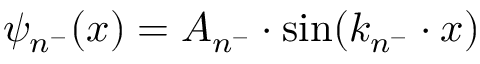
\psi _ { n ^ { - } } ( x ) = A _ { n ^ { - } } \cdot \mathrm { s i n } ( k _ { n ^ { - } } \cdot x )